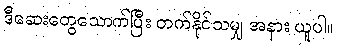
ဒီဆေးတွေသောက်ပြီး တက်နိုင်သမျှ အနား ယူပါ။